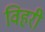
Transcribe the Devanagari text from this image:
विहरी